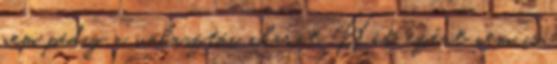
nem pedig a választói akarat. Hát, ezért nem is